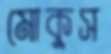
মোকুস